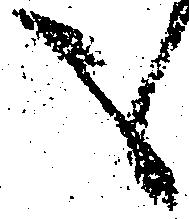
も